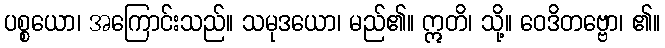
ပစ္စယော၊ အကြောင်းသည်။ သမုဒယော၊ မည်၏။ ဣတိ၊ သို့။ ဝေဒိတဗ္ဗော၊ ၏။